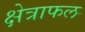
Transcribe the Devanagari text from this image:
क्षेत्राफल